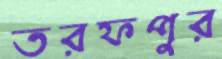
তরফপুর